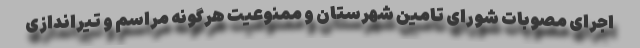
اجرای مصوبات شورای تامین شهرستان و ممنوعیت هرگونه مراسم و تیراندازی